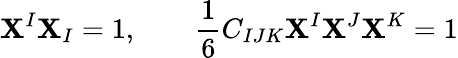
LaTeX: \mathbf{X}^{I}\mathbf{X}_{I}=1,\qquad{\frac{{1}}{{6}}}C_{IJK}\mathbf{X}^{I}\mathbf{X}^{J}\mathbf{X}^{K}=1